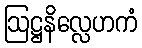
ဩဋ္ဌနိလ္လေဟကံ